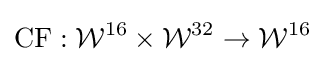
{\textrm {CF}}:{\mathcal {W}}^{16}\times {\mathcal {W}}^{32}\rightarrow {\mathcal {W}}^{16}